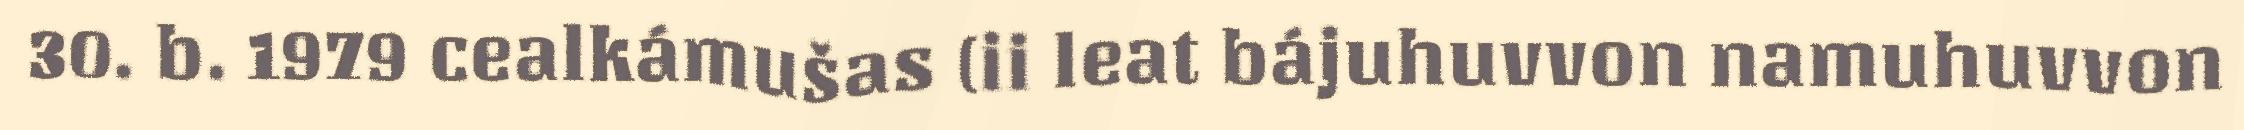
30. b. 1979 cealkámušas (ii leat bájuhuvvon namuhuvvon